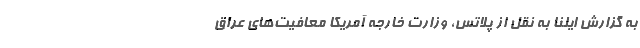
به گزارش ایلنا به نقل از پلاتس، وزارت خارجه آمریکا معافیت‌های عراق